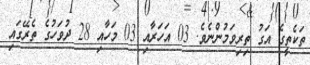
ތަކެތީގެ އަގު ތިރިވަމުންނެވެ. 03 އަހަރާއި 03 މަހާއި 28 ދުވަހުގެ ތެރޭގައި